Lunatic asylums Punjab 1868-1880 - 1868-1880
Year: 1868
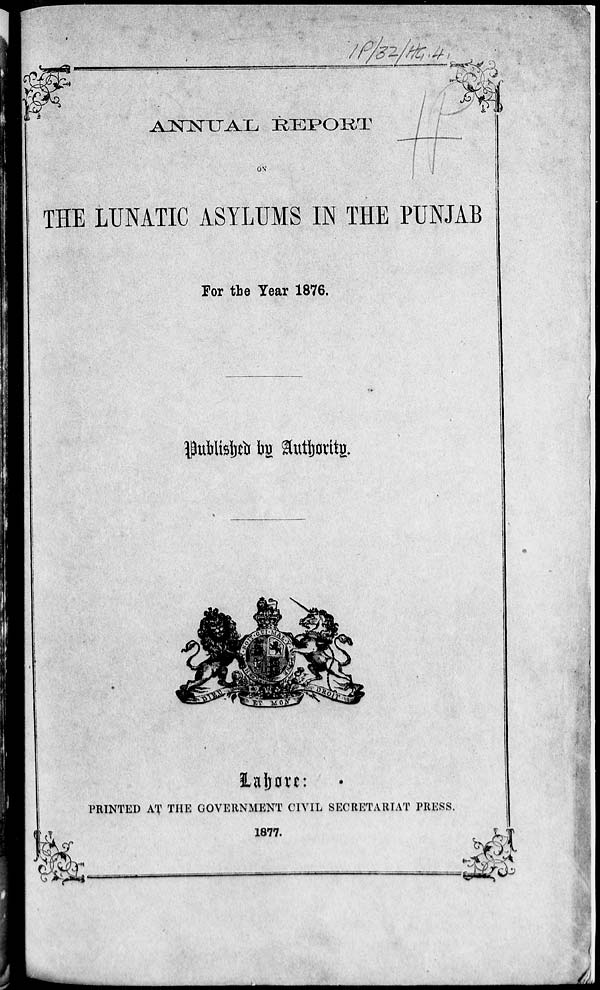
ANNUAL REPORT
ON
THE LUNATIC ASYLUMS IN THE PUNJAB
For the Year 1876.
Published by Authority.
Lahore:
PRINTED AT THE GOVERNMENT CIVIL SECRETARIAT PRESS.
1877.